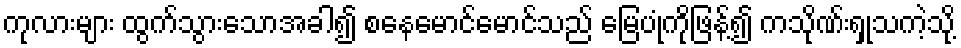
ကုလားများ ထွက်သွားသောအခါ၍ စနေမောင်မောင်သည် မြေပုံကိုဖြန့်၍ ကသိုဏ်းရှုသကဲ့သို့